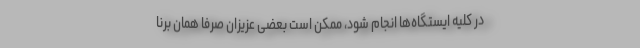
در کلیه ایستگاه‌ها انجام شود، ممکن است بعضی عزیزان صرفا همان برنا